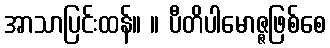
အာသာပြင်းထန်။ ။ ပီတိပါမောဇ္ဇဖြစ်စေ